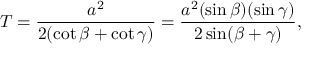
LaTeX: T = { \frac { a ^ { 2 } } { 2 ( \cot \beta + \cot \gamma ) } } = { \frac { a ^ { 2 } ( \sin \beta ) ( \sin \gamma ) } { 2 \sin ( \beta + \gamma ) } } ,